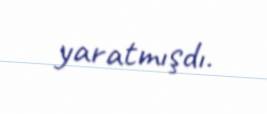
yaratmışdı.